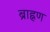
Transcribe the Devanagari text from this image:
ब्राह्नण